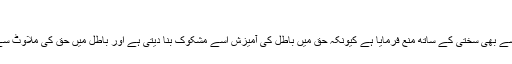
(ممتحنہ ۱۳)‘‘
اور قرآن نے حق و باطل کی تلبیس سے بھی سختی کے ساتھ منع فرمایا ہے کیونکہ حق میں باطل کی آمیزش اُسے مشکوک بنا دیتی ہے اور باطل میں حق کی ملاوٹ سےاُس کا ظاہر خوش نما ہو جا تا ہے۔